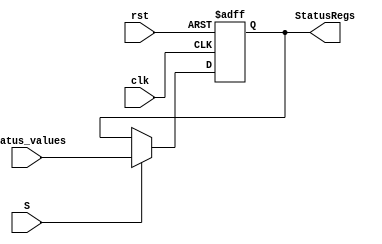
module StatusRegister(input clk, rst, input [3:0] Status_values, input S, output reg[3:0] StatusRegs);
  always @ (negedge clk, posedge rst) begin
    if(rst)
      StatusRegs <= 4'b1110;
    else if(S)
      StatusRegs <= Status_values;
  end
endmodule // StatusRegister